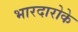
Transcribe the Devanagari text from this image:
भारदारोके